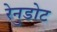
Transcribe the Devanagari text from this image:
रेनुडोट